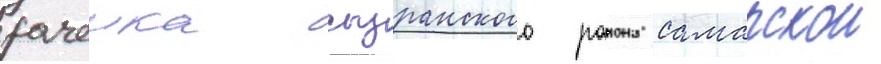
рачеика сызранского раиона самарскои